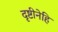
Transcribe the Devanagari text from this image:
दृष्टीनेहि